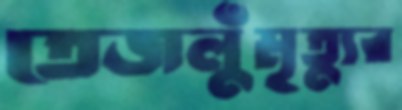
তেজলুঁমৃত্যুর